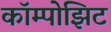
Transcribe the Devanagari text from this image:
कॉम्पोझिट